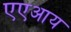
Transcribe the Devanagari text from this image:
एएआय